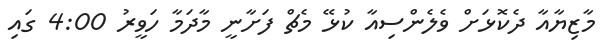
މާޒިޔާއާ ދެކޮޅަށް ވެލެންސިއާ ކުޅޭ މެޗް ފަށާނީ މާދަމާ ހަވީރު 4:00 ގައި